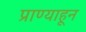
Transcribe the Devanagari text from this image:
प्राण्याहून